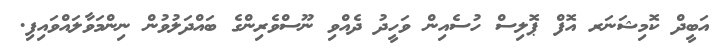
އަބީދް ކޮމިޝަނަރ އޮފް ޕޮލިސް ހުސެއިން ވަހީދު ދެއްވި ނޫސްވެރިންގެ ބައްދަލުވުން ނިންމަވާލައްވައިފި.